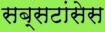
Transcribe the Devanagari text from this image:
सब्सटांसेस